Riigikantselei, lk 469
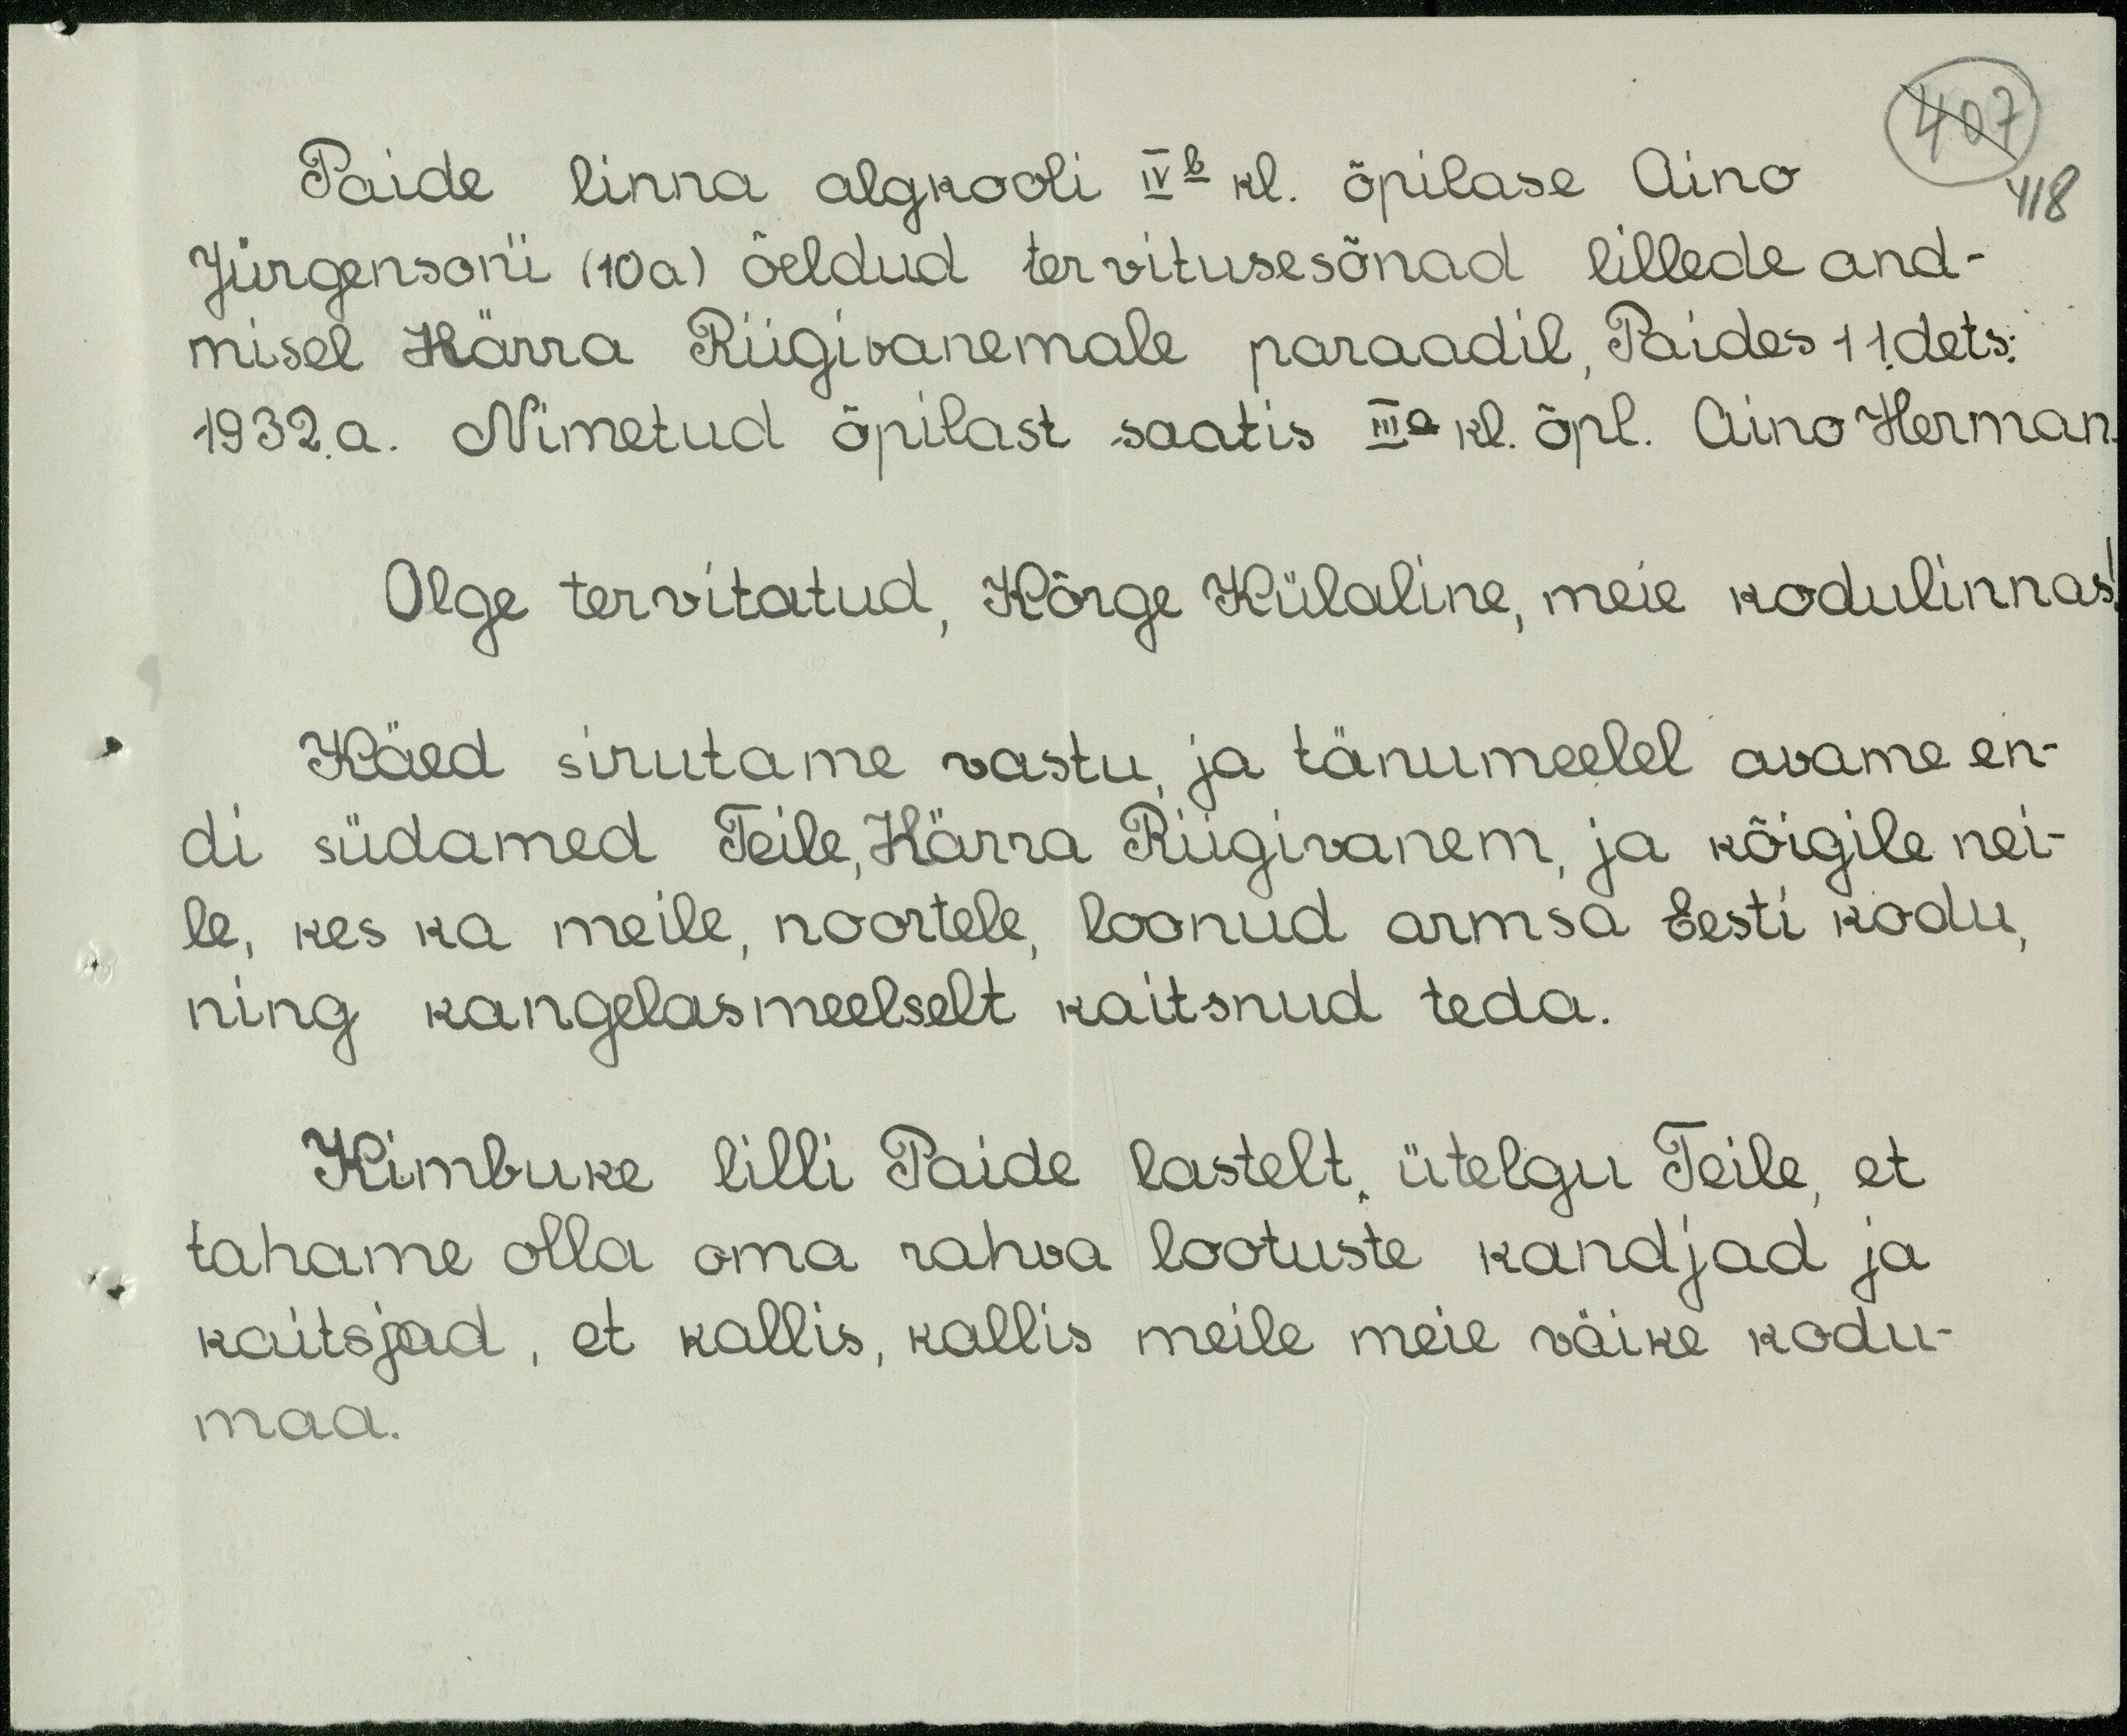
418
Paide linna algkooli IVb kl. õpilase Aino
Jürgenson'i (10 a) öeldud tervitusesõnad lillede and-
misel Härra Riigivanemale paraadil, Paides 11.dets.
1932. a. Nimetud õpilast saatis IIIa kl. õpl. Aino Herman
Olge tervitatud, Kõrge Külaline, meie kodulinnas!
Käed sirutame vastu, ja tänumeelel avame en-
di südamed Teile, Härra Riigivanem, ja kõigile nei-
le, kes ka meile, noortele, loonud armsa Eesti kodu,
ning kangelasmeelselt kaitsnud teda.
Kimbuke lilli Paide lastelt, ütelgu Teile, et
tahame olla oma rahva lootuste kandjad ja
kaitsjad, et kallis, kallis meile meie väike kodu-
maa.